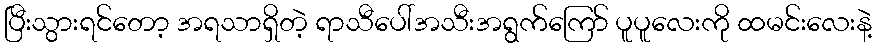
ပြီးသွားရင်တော့ အရသာရှိတဲ့ ရာသီပေါ်အသီးအရွက်ကြော် ပူပူလေးကို ထမင်းလေးနဲ့